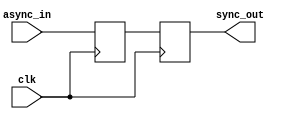
`timescale 1ns / 1ps

module sync(clk, async_in, sync_out);
    input clk;
    input async_in;
    output reg sync_out;

	reg temp;
	
	always @ (posedge clk)
	begin
		temp <= async_in;
		sync_out <= temp;
	end

endmodule